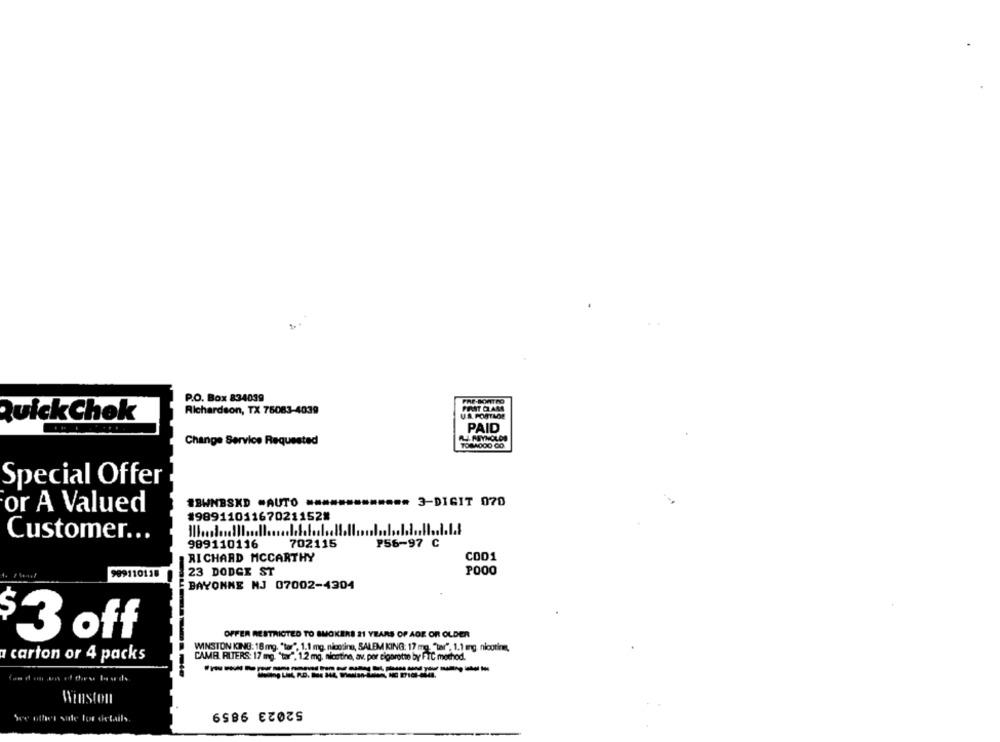
P.O. Box 834039
PRE-SORTEO
Richardson, TX 75083-4039
QuickChok
PAID
PLATYHOLDS
Change Service Requested
TOMAOOO CO
Special Offer
1BHNBSKD .AUTO ====
3-DIGIT 070
or A Valued
#9891101167021152%
Customer ...
989110116
702115
P56-97 C
COD1
RICHARD MCCARTHY
23 DODGE ST
POOO
999110118
BAYONNE NJ 07002-4304
$ 3 off
OFFER RESTRICTED TO SMOKERS 21 YEARS OF AGE OR OLDER
WINSTON KING: 18 mg. "tor". 1.1 mg. nicotina, SALEM KING: 17 mg, "tar", 1.1 mg. nicotin,
carton or 4 packs
CAMB RITERS: 17 mg. "tar", 1.2 mg, nicotina, av. por rigarotto by FIC method.
Winston
52023 9859
See other side for details